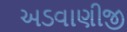
અડવાણીજી